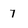
Character: 7